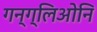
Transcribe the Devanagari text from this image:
गन्ग्लिओनि